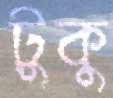
টুকু